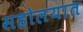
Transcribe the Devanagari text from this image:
सहोलयात